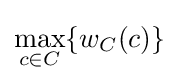
\max _{c\in C}\{w_{C}(c)\}